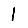
Digit: 1